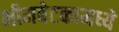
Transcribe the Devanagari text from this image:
भीमबेटकामध्ये